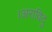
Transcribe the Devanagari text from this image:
।अराविदु